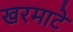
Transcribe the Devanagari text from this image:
खरमाटे